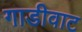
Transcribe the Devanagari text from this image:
गाडीवाट